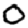
Digit: 0